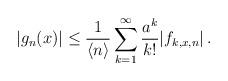
LaTeX: \begin{align*}|g_n(x)|\leq\frac{1}{\langle n\rangle} \sum_{k=1}^\infty \frac{a^k}{k!}|f_{k,x,n}| \, .\end{align*}